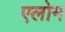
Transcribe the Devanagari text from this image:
एलोम